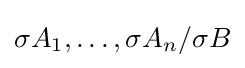
\sigma A_{1},\dots ,\sigma A_{n}/\sigma B